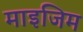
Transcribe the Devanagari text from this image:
माइजिम